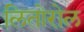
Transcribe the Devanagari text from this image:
लितोरोल